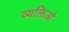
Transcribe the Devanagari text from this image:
व्यक्तिओ